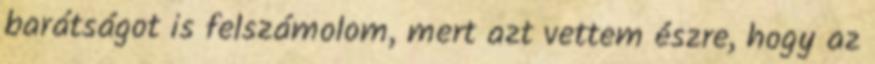
barátságot is felszámolom, mert azt vettem észre, hogy az